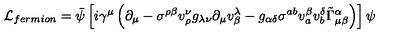
{ \cal L } _ { f e r m i o n } = \bar { \psi } \left[ i \gamma ^ { \mu } \left( \partial _ { \mu } - \sigma ^ { \rho \beta } v _ { \rho } ^ { \nu } g _ { \lambda \nu } \partial _ { \mu } v _ { \beta } ^ { \lambda } - g _ { \alpha \delta } \sigma ^ { a b } v _ { a } ^ { \beta } v _ { b } ^ { \delta } \tilde { \Gamma } ^ { \alpha } _ { \mu \beta } \right) \right] \psi